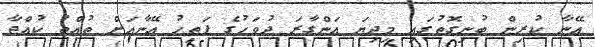
އޭނާ ކުރިން ބުނިގޮތުގައި މިދިޔަ އަންގާރަ ދުވަހުގެ ފަތިހު އޭނާއަށް ތުއްތު ކުއްޖާ